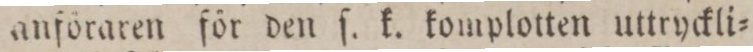
anföraren för den ſ. k. komplotten uttryckli=